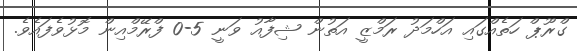
ގްރޫޕް ހަތެއްގައި އަހްމަދު ރަމްޒީ އަތުން ޝިފާއު ވަނީ 5-0 ފްރޭމްއިން މޮޅުވެފައެވެ.